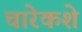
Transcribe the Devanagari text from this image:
चारेकशे